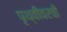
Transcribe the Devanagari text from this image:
पृथ्वीवरची